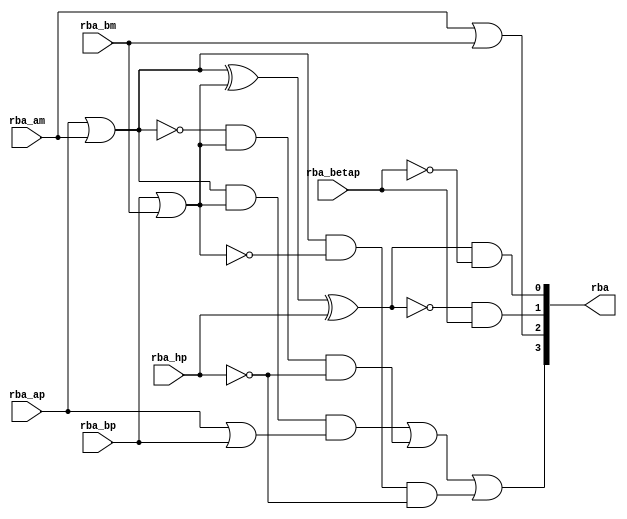
module module_rba(rba_ap,
		  rba_am,
		  rba_bp,
		  rba_bm,
		  rba_betap,
		  rba_hp,
		  rba);
  // value method rba
  input  rba_ap;
  input  rba_am;
  input  rba_bp;
  input  rba_bm;
  input  rba_betap;
  input  rba_hp;
  output [3 : 0] rba;

  // signals for module outputs
  wire [3 : 0] rba;

  // remaining internal signals
  wire alpha__h42,
       beta__h41,
       dm__h43,
       dp__h44,
       h__h39,
       k__h38,
       x__h36,
       x__h57,
       x__h59,
       x__h61,
       x__h64,
       x__h66,
       x__h67,
       x__h81,
       x__h93,
       y__h105,
       y__h37,
       y__h58,
       y__h60,
       y__h68,
       y__h69;

  // value method rba
  assign rba = { beta__h41, h__h39, dp__h44, dm__h43 } ;

  // remaining internal signals
  assign alpha__h42 = x__h93 ^ rba_hp ;
  assign beta__h41 = x__h57 | y__h58 ;
  assign dm__h43 = alpha__h42 & y__h105 ;
  assign dp__h44 = x__h81 & rba_betap ;
  assign h__h39 = rba_am | rba_bm ;
  assign k__h38 = rba_ap | rba_bp ;
  assign x__h36 = rba_ap | rba_am ;
  assign x__h57 = x__h59 | y__h60 ;
  assign x__h59 = x__h61 & k__h38 ;
  assign x__h61 = x__h36 & y__h37 ;
  assign x__h64 = x__h66 & y__h37 ;
  assign x__h66 = ~x__h36 ;
  assign x__h67 = x__h36 & y__h69 ;
  assign x__h81 = ~alpha__h42 ;
  assign x__h93 = x__h36 ^ y__h37 ;
  assign y__h105 = ~rba_betap ;
  assign y__h37 = rba_bp | rba_bm ;
  assign y__h58 = x__h67 & y__h68 ;
  assign y__h60 = x__h64 & y__h68 ;
  assign y__h68 = ~rba_hp ;
  assign y__h69 = ~y__h37 ;
endmodule